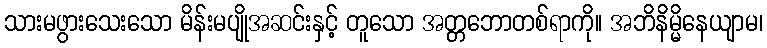
သားမဖွားသေးသော မိန်းမပျိုအဆင်းနှင့် တူသော အတ္တဘောတစ်ရာကို။ အဘိနိမ္မိနေယျာမ၊